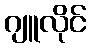
ဂျူလိုင်